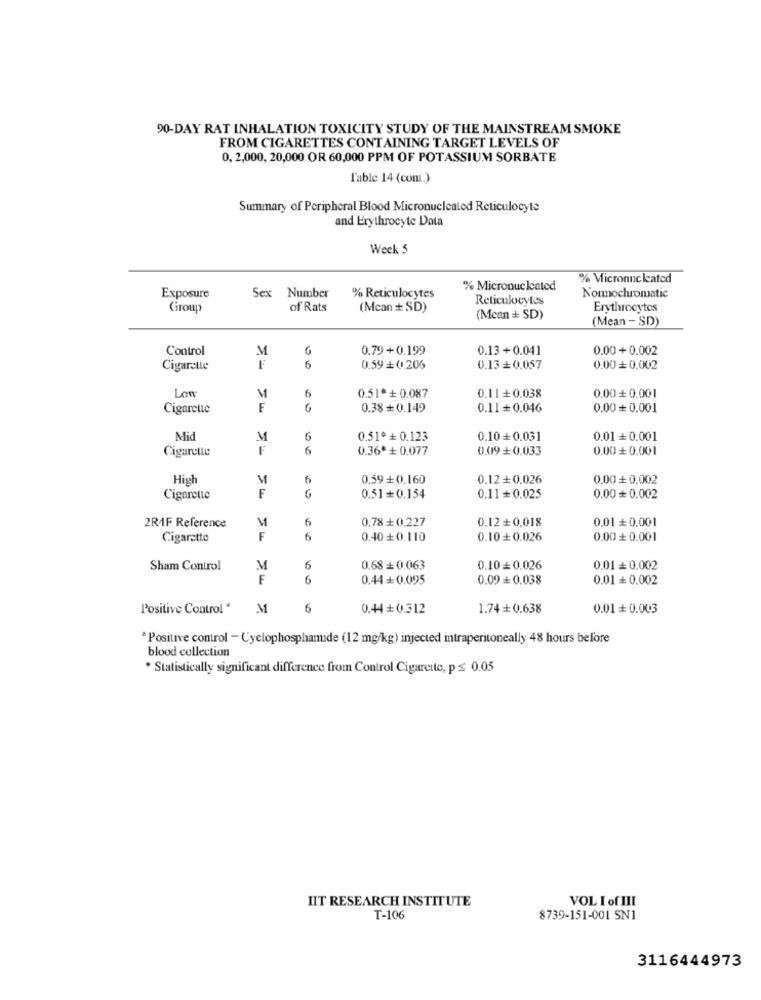
90-DAY RAT INHALATION TOXICITY STUDY OF THE MAINSTREAM SMOKE
FROM CIGARETTES CONTAINING TARGET LEVELS OF
0, 2,000, 20,000 OR 60,000 PPM OF POTASSIUM SORBATE
l'able 14 (cont.)
Summary of Peripheral Blood Micronucleated Reticulocyte
and Erythrocyte Data
Week 5
% Micronnc kated
% Reticulocytes
% Micronucleated
Exposure
Sex Number
Reticulocytes
Nonnochromatic
Ciroup
of Rats
(Mcan + SD)
Erythrocytes
(Mcan + SD)
(Mean - SD)
Control
M
0.79+0.199
0.13+0.041
0.00+0.002
Cigarette
F
6
0.59 +0.206
0.13+0.057
0.00 0.002
Low
6
M
0.51* + 0.087
0.11+0.038
0.00+ 0.001
Cigarette
F
0.38+ 0.149
0.11+0.046
0.00+ 0.001
Mid
M
6
0.51º + 0.123
0.10+ 0.031
0.01+ 0.001
Cigarette
F
6
0.36* + 0.077
0.09+0.033
0.00 + 0.001
High
M
6
0.59+0,160
0.12+0.026
0.00+ 0.002
F
G
Cigarette
0.51+ 0.154
0.11+0.025
0.00+ 0.002
M
6
0.12+0.018
2RAF Reference
0.78 + 0,227
0,01 + 0,001
Cigarette
F
6
0.40+0.110
0.10+0.026
0.00+ 0.001
Sham Control
M
6
0.68 + 0.063
0.10= 0.026
0.01 = 0.002
F
6
0.44+0.095
0.09+ 0.038
0.01= 0.002
Positive Control "
M
6
0.44+0.312
1.74 + 0.638
0.01+ 0.003
* Positive control - Cyclophosphanude (12 mg/kg) injected intraperitoneally 48 hours before
blood collection
* Statistically significant difference from Control Cigarette, p ≤ 0.05
IIT RESEARCH INSTITUTE
VOL I of III
T-106
8739-151-001 SN1
3116444973